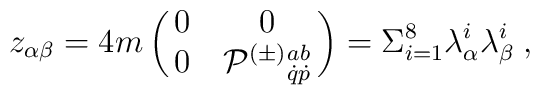
z_{\alpha\beta}=4m\pmatrix{ 0& 0 \cr 0 & {\cal P}^{(\pm )}{}^{ab}_{\dot{q}\dot{p}}  } = \Sigma_{i=1}^{8}\lambda_\alpha^i \lambda_\beta^i \; ,